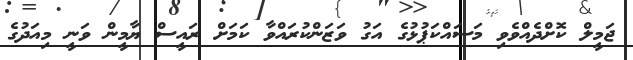
ޖަމީލް ކޮށްދެއްވެވި މަސައްކަޕުޅުގެ އަގު ވަޒަންކުރައްވާ ކަމަށް ރައީސް ޔާމީން ވަނީ މިއަދުގެ